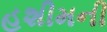
હશીમની